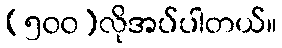
(၅၀၀)လိုအပ်ပါတယ်။